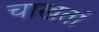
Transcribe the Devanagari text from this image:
चाखतां